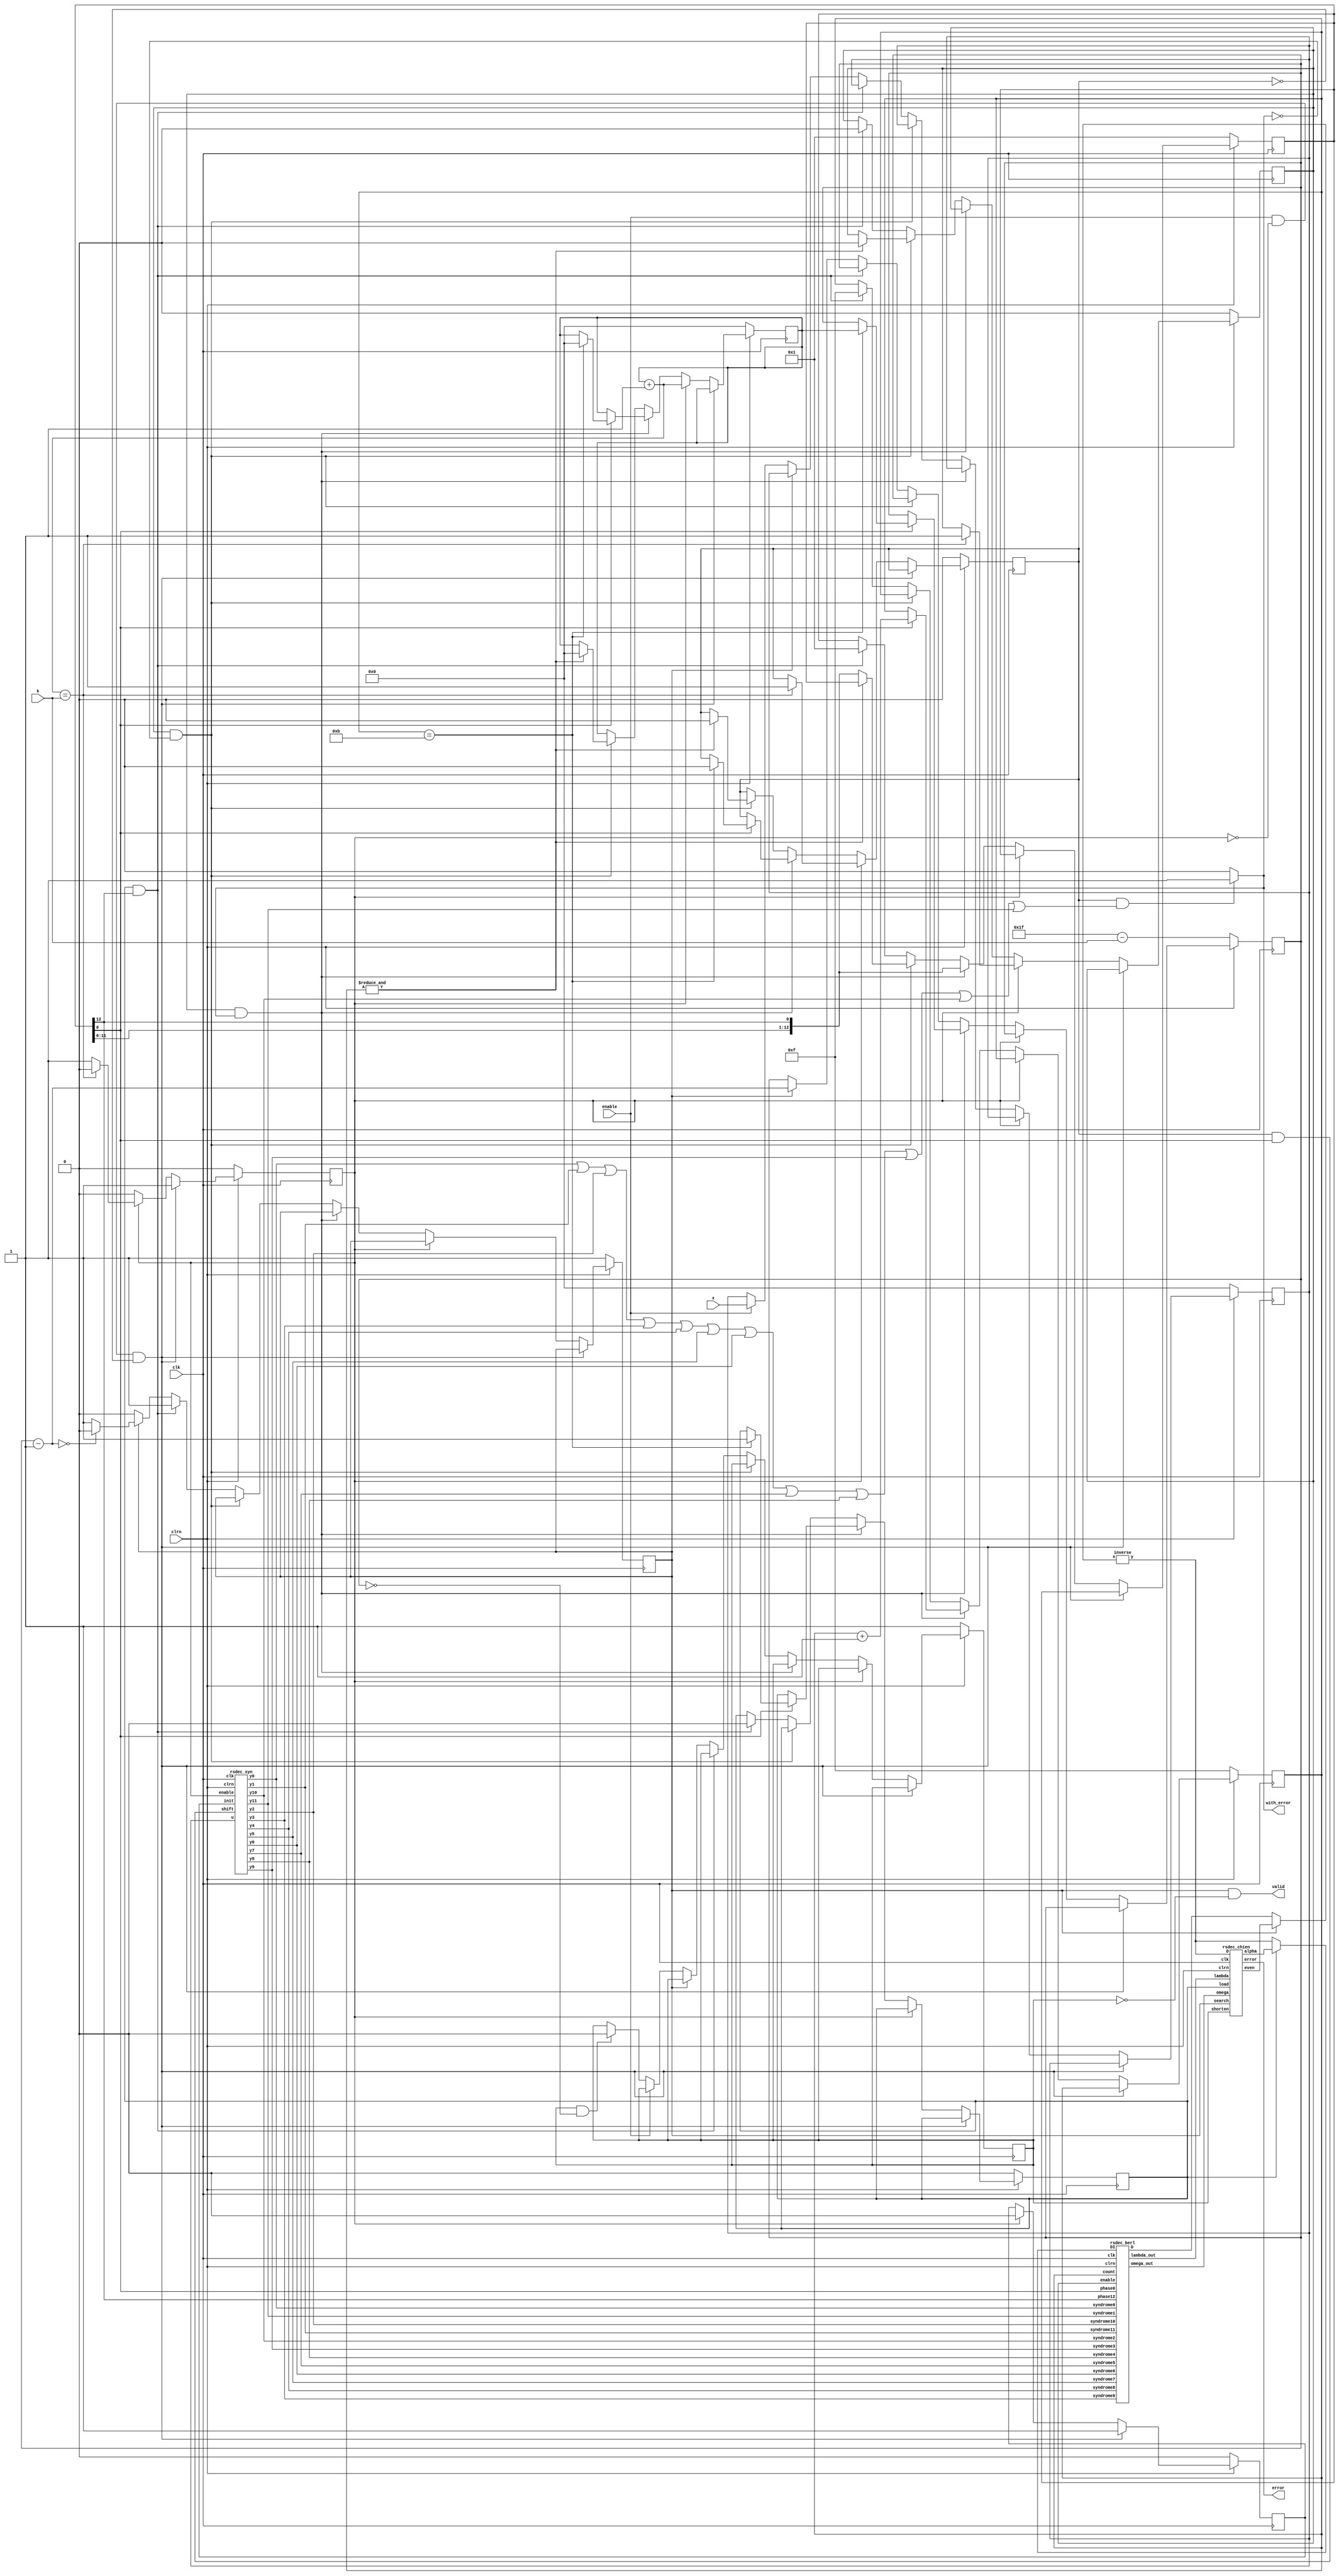
// -------------------------------------------------------------------------
//Reed-Solomon decoder
//Copyright (C) Wed May 22 09:59:27 2002
//by Ming-Han Lei(hendrik@humanistic.org)
//
//This program is free software; you can redistribute it and/or
//modify it under the terms of the GNU Lesser General Public License
//as published by the Free Software Foundation; either version 2
//of the License, or (at your option) any later version.
//
//This program is distributed in the hope that it will be useful,
//but WITHOUT ANY WARRANTY; without even the implied warranty of
//MERCHANTABILITY or FITNESS FOR A PARTICULAR PURPOSE.  See the
//GNU Lesser General Public License for more details.
//
//You should have received a copy of the GNU Lesser General Public License
//along with this program; if not, write to the Free Software
//Foundation, Inc., 59 Temple Place - Suite 330, Boston, MA  02111-1307, USA.
// --------------------------------------------------------------------------

module rs_decoder_1(x, error, with_error, enable, valid, k, clk, clrn);
	input enable, clk, clrn;
	input [4:0] k, x;
	output [4:0] error;
	wire [4:0] error;
	output with_error, valid;
	reg valid;
	wire with_error;

	wire [4:0] s0, s1, s2, s3, s4, s5, s6, s7, s8, s9, s10, s11;
	wire [4:0] lambda, omega, alpha;
	reg [3:0] count;
	reg [12:0] phase;
	wire [4:0] D0, D1, DI;
	//reg [4:0] D, D2;
	wire [4:0] D, D2;
	reg [4:0] u, length0, length2;
	wire [4:0] length1, length3;
	reg syn_enable, syn_init, syn_shift, berl_enable;
	reg chien_search, chien_load, shorten;

	always @ (chien_search or shorten)
		valid = chien_search & ~shorten;

	wire bit1;
	assign bit1 = syn_shift&phase[0];
	rsdec_syn x0 (s0, s1, s2, s3, s4, s5, s6, s7, s8, s9, s10, s11, u, syn_enable, bit1, syn_init, clk, clrn);
	rsdec_berl x1 (lambda, omega, s0, s11, s10, s9, s8, s7, s6, s5, s4, s3, s2, s1, D0, D2, count, phase[0], phase[12], berl_enable, clk, clrn);
	rsdec_chien x2 (error, alpha, lambda, omega, D1, DI, chien_search, chien_load, shorten, clk, clrn);
	inverse x3 (DI, D);

	always @ (posedge clk)// or negedge clrn)
	begin
		if (~clrn)
		begin
			syn_enable <= 0;
			syn_shift <= 0;
			berl_enable <= 0;
			chien_search <= 1;
			chien_load <= 0;
			length0 <= 0;
			length2 <= 31 - k;
			count <= -1;
			phase <= 1;
			u <= 0;
			shorten <= 1;
			syn_init <= 0;
		end
		else
		begin
			if (enable & ~syn_enable & ~syn_shift)
			begin
				syn_enable <= 1;
				syn_init <= 1;
			end
			else if (syn_enable)
			begin
				length0 <= length1;
				syn_init <= 0;
				if (length1 == k)
				begin
					syn_enable <= 0;
					syn_shift <= 1;
					berl_enable <= 1;
				end
			end
			else if (berl_enable & with_error)
			begin
				if (phase[0])
				begin
					count <= count + 1;
					if (count == 11)
					begin
						syn_shift <= 0;
						length0 <= 0;
						chien_load <= 1;
						length2 <= length0;
					end
				end
				phase <= {phase[11:0], phase[12]};
			end
			else if (berl_enable & ~with_error)
				if (&count)
				begin
					syn_shift <= 0;
					length0 <= 0;
					berl_enable <= 0;
				end
				else
					phase <= {phase[11:0], phase[12]};
			else if (chien_load & phase[12])
			begin
				berl_enable <= 0;
				chien_load <= 0;
				chien_search <= 1;
				count <= -1;
				phase <= 1;
			end
			else if (chien_search)
			begin
				length2 <= length3;
				if (length3 == 0)
					chien_search <= 0;
			end
			else if (enable) u <= x;
			else if (shorten == 1 && length2 == 0)
				shorten <= 0;
		end
	end

//	always @ (chien_search or D0 or D1)
//		if (chien_search) D = D1;
//		else D = D0;
	assign D = chien_search ? D1 : D0;

//	always @ (DI or alpha or chien_load)
//		if (chien_load) D2 = alpha;
//		else D2 = DI;
	assign D2 = chien_load ? alpha : DI;

	assign length1 = length0 + 1;
	assign length3 = length2 - 1;
//	always @ (syn_shift or s0 or s1 or s2 or s3 or s4 or s5 or s6 or s7 or s8 or s9 or s10 or s11)
//		if (syn_shift && (s0 | s1 | s2 | s3 | s4 | s5 | s6 | s7 | s8 | s9 | s10 | s11)!= 0)
//			with_error = 1;
//		else with_error = 0;
wire temp;
	assign temp = syn_shift && (s0 | s1 | s2 | s3 | s4 | s5 | s6 | s7 | s8 | s9 | s10 | s11);
	assign with_error = temp != 0 ? 1'b1 : 1'b0;

endmodule

// -------------------------------------------------------------------------
//The inverse lookup table for Galois field
//Copyright (C) Tue Apr  2 17:21:59 2002
//by Ming-Han Lei(hendrik@humanistic.org)
//
//This program is free software; you can redistribute it and/or
//modify it under the terms of the GNU Lesser General Public License
//as published by the Free Software Foundation; either version 2
//of the License, or (at your option) any later version.
//
//This program is distributed in the hope that it will be useful,
//but WITHOUT ANY WARRANTY; without even the implied warranty of
//MERCHANTABILITY or FITNESS FOR A PARTICULAR PURPOSE.  See the
//GNU Lesser General Public License for more details.
//
//You should have received a copy of the GNU Lesser General Public License
//along with this program; if not, write to the Free Software
//Foundation, Inc., 59 Temple Place - Suite 330, Boston, MA  02111-1307, USA.
// --------------------------------------------------------------------------

module inverse(y, x);
	input [4:0] x;
	output [4:0] y;
	reg [4:0] y;

	always @ (x)
	case (x) // synopsys full_case parallel_case
		1: y = 1; // 0 -> 31
		2: y = 18; // 1 -> 30
		4: y = 9; // 2 -> 29
		8: y = 22; // 3 -> 28
		16: y = 11; // 4 -> 27
		5: y = 23; // 5 -> 26
		10: y = 25; // 6 -> 25
		20: y = 30; // 7 -> 24
		13: y = 15; // 8 -> 23
		26: y = 21; // 9 -> 22
		17: y = 24; // 10 -> 21
		7: y = 12; // 11 -> 20
		14: y = 6; // 12 -> 19
		28: y = 3; // 13 -> 18
		29: y = 19; // 14 -> 17
		31: y = 27; // 15 -> 16
		27: y = 31; // 16 -> 15
		19: y = 29; // 17 -> 14
		3: y = 28; // 18 -> 13
		6: y = 14; // 19 -> 12
		12: y = 7; // 20 -> 11
		24: y = 17; // 21 -> 10
		21: y = 26; // 22 -> 9
		15: y = 13; // 23 -> 8
		30: y = 20; // 24 -> 7
		25: y = 10; // 25 -> 6
		23: y = 5; // 26 -> 5
		11: y = 16; // 27 -> 4
		22: y = 8; // 28 -> 3
		9: y = 4; // 29 -> 2
		18: y = 2; // 30 -> 1
	endcase
endmodule

// -------------------------------------------------------------------------
//Berlekamp circuit for Reed-Solomon decoder
//Copyright (C) Tue Apr  2 17:21:42 2002
//by Ming-Han Lei(hendrik@humanistic.org)
//
//This program is free software; you can redistribute it and/or
//modify it under the terms of the GNU Lesser General Public License
//as published by the Free Software Foundation; either version 2
//of the License, or (at your option) any later version.
//
//This program is distributed in the hope that it will be useful,
//but WITHOUT ANY WARRANTY; without even the implied warranty of
//MERCHANTABILITY or FITNESS FOR A PARTICULAR PURPOSE.  See the
//GNU Lesser General Public License for more details.
//
//You should have received a copy of the GNU Lesser General Public License
//along with this program; if not, write to the Free Software
//Foundation, Inc., 59 Temple Place - Suite 330, Boston, MA  02111-1307, USA.
// --------------------------------------------------------------------------

module rsdec_berl (lambda_out, omega_out, syndrome0, syndrome1, syndrome2, syndrome3, syndrome4, syndrome5, syndrome6, syndrome7, syndrome8, syndrome9, syndrome10, syndrome11, 
		D, DI, count, phase0, phase12, enable, clk, clrn);
	input clk, clrn, enable, phase0, phase12;
	input [4:0] syndrome0;
	input [4:0] syndrome1;
	input [4:0] syndrome2;
	input [4:0] syndrome3;
	input [4:0] syndrome4;
	input [4:0] syndrome5;
	input [4:0] syndrome6;
	input [4:0] syndrome7;
	input [4:0] syndrome8;
	input [4:0] syndrome9;
	input [4:0] syndrome10;
	input [4:0] syndrome11;
	input [4:0] DI;
	input [3:0] count;
	output [4:0] lambda_out;
	output [4:0] omega_out;
	reg [4:0] lambda_out;
	reg [4:0] omega_out;
	output [4:0] D;
	reg [4:0] D;

	reg init, delta;
	reg [2:0] L;
	reg [4:0] lambda0;
	reg [4:0] lambda1;
	reg [4:0] lambda2;
	reg [4:0] lambda3;
	reg [4:0] lambda4;
	reg [4:0] lambda5;
	reg [4:0] lambda6;
	reg [4:0] lambda7;
	reg [4:0] lambda8;
	reg [4:0] lambda9;
	reg [4:0] lambda10;
	reg [4:0] lambda11;
	reg [4:0] B0;
	reg [4:0] B1;
	reg [4:0] B2;
	reg [4:0] B3;
	reg [4:0] B4;
	reg [4:0] B5;
	reg [4:0] B6;
	reg [4:0] B7;
	reg [4:0] B8;
	reg [4:0] B9;
	reg [4:0] B10;
	reg [4:0] omega0;
	reg [4:0] omega1;
	reg [4:0] omega2;
	reg [4:0] omega3;
	reg [4:0] omega4;
	reg [4:0] omega5;
	reg [4:0] omega6;
	reg [4:0] omega7;
	reg [4:0] omega8;
	reg [4:0] omega9;
	reg [4:0] omega10;
	reg [4:0] omega11;
	reg [4:0] A0;
	reg [4:0] A1;
	reg [4:0] A2;
	reg [4:0] A3;
	reg [4:0] A4;
	reg [4:0] A5;
	reg [4:0] A6;
	reg [4:0] A7;
	reg [4:0] A8;
	reg [4:0] A9;
	reg [4:0] A10;

	wire [4:0] tmp0;
	wire [4:0] tmp1;
	wire [4:0] tmp2;
	wire [4:0] tmp3;
	wire [4:0] tmp4;
	wire [4:0] tmp5;
	wire [4:0] tmp6;
	wire [4:0] tmp7;
	wire [4:0] tmp8;
	wire [4:0] tmp9;
	wire [4:0] tmp10;
	wire [4:0] tmp11;

	always @ (tmp1) lambda_out = tmp1;
	always @ (tmp3) omega_out = tmp3;

	always @ (L or D or count)
		// delta = (D != 0 && 2*L <= i);
		if (D != 0 && count >= {L, 1'b0}) delta = 1;
		else delta = 0;

	rsdec_berl_multiply x0 (tmp0, B10, D, lambda0, syndrome0, phase0);
	rsdec_berl_multiply x1 (tmp1, lambda11, DI, lambda1, syndrome1, phase0);
	rsdec_berl_multiply x2 (tmp2, A10, D, lambda2, syndrome2, phase0);
	rsdec_berl_multiply x3 (tmp3, omega11, DI, lambda3, syndrome3, phase0);
	multiply x4 (tmp4, lambda4, syndrome4);
	multiply x5 (tmp5, lambda5, syndrome5);
	multiply x6 (tmp6, lambda6, syndrome6);
	multiply x7 (tmp7, lambda7, syndrome7);
	multiply x8 (tmp8, lambda8, syndrome8);
	multiply x9 (tmp9, lambda9, syndrome9);
	multiply x10 (tmp10, lambda10, syndrome10);
	multiply x11 (tmp11, lambda11, syndrome11);

	always @ (posedge clk)// or negedge clrn)
	begin
		// for (j = t-1; j >=0; j--)
		//	if (j != 0) lambda[j] += D * B[j-1];
/*		if (~clrn)
		begin
			lambda0 <= 0;
			lambda1 <= 0;
			lambda2 <= 0;
			lambda3 <= 0;
			lambda4 <= 0;
			lambda5 <= 0;
			lambda6 <= 0;
			lambda7 <= 0;
			lambda8 <= 0;
			lambda9 <= 0;
			lambda10 <= 0;
			lambda11 <= 0;
			B0 <= 0;
			B1 <= 0;
			B2 <= 0;
			B3 <= 0;
			B4 <= 0;
			B5 <= 0;
			B6 <= 0;
			B7 <= 0;
			B8 <= 0;
			B9 <= 0;
			B10 <= 0;
			omega0 <= 0;
			omega1 <= 0;
			omega2 <= 0;
			omega3 <= 0;
			omega4 <= 0;
			omega5 <= 0;
			omega6 <= 0;
			omega7 <= 0;
			omega8 <= 0;
			omega9 <= 0;
			omega10 <= 0;
			omega11 <= 0;
			A0 <= 0;
			A1 <= 0;
			A2 <= 0;
			A3 <= 0;
			A4 <= 0;
			A5 <= 0;
			A6 <= 0;
			A7 <= 0;
			A8 <= 0;
			A9 <= 0;
			A10 <= 0;
//			for (j = 0; j < 12; j = j + 1) lambda[j] <= 0;
//			for (j = 0; j < 11; j = j + 1) B[j] <= 0;
//			for (j = 0; j < 12; j = j + 1) omega[j] <= 0;
//			for (j = 0; j < 11; j = j + 1) A[j] <= 0;
		end
		else*/ if (~enable)
		begin
			lambda0 <= 1;
			lambda1 <= 0;
			lambda2 <= 0;
			lambda3 <= 0;
			lambda4 <= 0;
			lambda5 <= 0;
			lambda6 <= 0;
			lambda7 <= 0;
			lambda8 <= 0;
			lambda9 <= 0;
			lambda10 <= 0;
			lambda11 <= 0;
			//for (j = 1; j < 12; j = j +1) lambda[j] <= 0;
			B0 <= 1;
			B1 <= 0;
			B2 <= 0;
			B3 <= 0;
			B4 <= 0;
			B5 <= 0;
			B6 <= 0;
			B7 <= 0;
			B8 <= 0;
			B9 <= 0;
			B10 <= 0;
			//for (j = 1; j < 11; j = j +1) B[j] <= 0;
			omega0 <= 1;
			omega1 <= 0;
			omega2 <= 0;
			omega3 <= 0;
			omega4 <= 0;
			omega5 <= 0;
			omega6 <= 0;
			omega7 <= 0;
			omega8 <= 0;
			omega9 <= 0;
			omega10 <= 0;
			omega11 <= 0;
			//for (j = 1; j < 12; j = j +1) omega[j] <= 0;
			A0 <= 0;
			A1 <= 0;
			A2 <= 0;
			A3 <= 0;
			A4 <= 0;
			A5 <= 0;
			A6 <= 0;
			A7 <= 0;
			A8 <= 0;
			A9 <= 0;
			A10 <= 0;
			//for (j = 0; j < 11; j = j + 1) A[j] <= 0;
		end
		else
		begin
			if (~phase0)
			begin
				if (~phase12) lambda0 <= lambda11 ^ tmp0;
				else lambda0 <= lambda11;
				//for (j = 1; j < 12; j = j + 1)
					//lambda[j] <= lambda[j-1];
				lambda1 <= lambda0;
				lambda2 <= lambda1;
				lambda3 <= lambda2;
				lambda4 <= lambda3;
				lambda5 <= lambda4;
				lambda6 <= lambda5;
				lambda7 <= lambda6;
				lambda8 <= lambda7;
				lambda9 <= lambda8;
				lambda10 <= lambda9;
				lambda11 <= lambda10;
//			end

		// for (j = t-1; j >=0; j--)
		//	if (delta) B[j] = lambda[j] *DI;
		//	else if (j != 0) B[j] = B[j-1];
		//	else B[j] = 0;
//			if (~phase0)
//			begin
				if (delta)	B0 <= tmp1;
				else if (~phase12) B0 <= B10;
				else B0 <= 0;
				//for (j = 1; j < 11; j = j + 1)
				//	B[j] <= B[j-1];
				B1 <= B0;
				B2 <= B1;
				B3 <= B2;
				B4 <= B3;
				B5 <= B4;
				B6 <= B5;
				B7 <= B6;
				B8 <= B7;
				B9 <= B8;
				B10 <= B9;
//			end

		// for (j = t-1; j >=0; j--)
		//	if (j != 0) omega[j] += D * A[j-1];
//			if (~phase0)
//			begin
				if (~phase12) omega0 <= omega11 ^ tmp2;
				else omega0 <= omega11;
				//for (j = 1; j < 12; j = j + 1)
				//	omega[j] <= omega[j-1];
				omega1 <= omega0;
				omega2 <= omega1;
				omega3 <= omega2;
				omega4 <= omega3;
				omega5 <= omega4;
				omega6 <= omega5;
				omega7 <= omega6;
				omega8 <= omega7;
				omega9 <= omega8;
				omega10 <= omega9;
				omega11 <= omega10;
//			end

		// for (j = t-1; j >=0; j--)
		//	if (delta) A[j] = omega[j] *DI;
		//	else if (j != 0) A[j] = A[j-1];
		//	else A[j] = 0;
//			if (~phase0)
//			begin
				if (delta)	A0 <= tmp3;
				else if (~phase12) A0 <= A10;
				//for (j = 1; j < 11; j = j + 1)
				//	A[j] <= A[j-1];
				A1 <= A0;
				A2 <= A1;
				A3 <= A2;
				A4 <= A3;
				A5 <= A4;
				A6 <= A5;
				A7 <= A6;
				A8 <= A7;
				A9 <= A8;
				A10 <= A9;
//			end
			end
		end
	end

	always @ (posedge clk)// or negedge clrn)
	begin
		if (~clrn)
		begin
			L <= 0;
			D <= 0;
		end
		else
		begin
		// if (delta) L = i - L + 1;
			if ((phase0 & delta) && (count != -1)) L <= count - L + 1;
		//for (D = j = 0; j < t; j = j + 1)
		//	D += lambda[j] * syndrome[t-j-1];
			if (phase0)
				D <= tmp0 ^ tmp1 ^ tmp2 ^ tmp3 ^ tmp4 ^ tmp5 ^ tmp6 ^ tmp7 ^ tmp8 ^ tmp9 ^ tmp10 ^ tmp11;
		end
	end
	
endmodule


module rsdec_berl_multiply (y, a, b, c, d, e);
	input [4:0] a, b, c, d;
	input e;
	output [4:0] y;
	wire [4:0] y;
	reg [4:0] p, q;

	always @ (a or c or e)
		if (e) p = c;
		else p = a;
	always @ (b or d or e)
		if (e) q = d;
		else q = b;

	multiply x0 (y, p, q);

endmodule

module multiply (y, a, b);
	input [4:0] a, b;
	output [4:0] y;
	reg [9:0] tempy;
	wire [4:0] y;

	assign y = tempy[4:0];

	always @(a or b)
	begin
		tempy = a * b;
	end
/*
	always @ (a or b)
	begin
		y[0] = (a[0] & b[0]) ^ (a[1] & b[4]) ^ (a[2] & b[3]) ^ (a[3] & b[2]) ^ (a[4] & b[1]) ^ (a[4] & b[4]);
		y[1] = (a[0] & b[1]) ^ (a[1] & b[0]) ^ (a[2] & b[4]) ^ (a[3] & b[3]) ^ (a[4] & b[2]);
		y[2] = (a[0] & b[2]) ^ (a[1] & b[1]) ^ (a[1] & b[4]) ^ (a[2] & b[0]) ^ (a[2] & b[3]) ^ (a[3] & b[2]) ^ (a[3] & b[4]) ^ (a[4] & b[1]) ^ (a[4] & b[3]) ^ (a[4] & b[4]);
		y[3] = (a[0] & b[3]) ^ (a[1] & b[2]) ^ (a[2] & b[1]) ^ (a[2] & b[4]) ^ (a[3] & b[0]) ^ (a[3] & b[3]) ^ (a[4] & b[2]) ^ (a[4] & b[4]);
		y[4] = (a[0] & b[4]) ^ (a[1] & b[3]) ^ (a[2] & b[2]) ^ (a[3] & b[1]) ^ (a[3] & b[4]) ^ (a[4] & b[0]) ^ (a[4] & b[3]);
	endi 
*/
endmodule

// -------------------------------------------------------------------------
//Chien-Forney search circuit for Reed-Solomon decoder
//Copyright (C) Tue Apr  2 17:21:51 2002
//by Ming-Han Lei(hendrik@humanistic.org)
//
//This program is free software; you can redistribute it and/or
//modify it under the terms of the GNU Lesser General Public License
//as published by the Free Software Foundation; either version 2
//of the License, or (at your option) any later version.
//
//This program is distributed in the hope that it will be useful,
//but WITHOUT ANY WARRANTY; without even the implied warranty of
//MERCHANTABILITY or FITNESS FOR A PARTICULAR PURPOSE.  See the
//GNU Lesser General Public License for more details.
//
//You should have received a copy of the GNU Lesser General Public License
//along with this program; if not, write to the Free Software
//Foundation, Inc., 59 Temple Place - Suite 330, Boston, MA  02111-1307, USA.
// --------------------------------------------------------------------------

module rsdec_chien_scale0 (y, x);
	input [4:0] x;
	output [4:0] y;
	reg [4:0] y;

	always @ (x)
	begin
		y[0] = x[0];
		y[1] = x[1];
		y[2] = x[2];
		y[3] = x[3];
		y[4] = x[4];
	end
endmodule

module rsdec_chien_scale1 (y, x);
	input [4:0] x;
	output [4:0] y;
	reg [4:0] y;

	always @ (x)
	begin
		y[0] = x[4];
		y[1] = x[0];
		y[2] = x[1] ^ x[4];
		y[3] = x[2];
		y[4] = x[3];
	end
endmodule

module rsdec_chien_scale2 (y, x);
	input [4:0] x;
	output [4:0] y;
	reg [4:0] y;

	always @ (x)
	begin
		y[0] = x[3];
		y[1] = x[4];
		y[2] = x[0] ^ x[3];
		y[3] = x[1] ^ x[4];
		y[4] = x[2];
	end
endmodule

module rsdec_chien_scale3 (y, x);
	input [4:0] x;
	output [4:0] y;
	reg [4:0] y;

	always @ (x)
	begin
		y[0] = x[2];
		y[1] = x[3];
		y[2] = x[2] ^ x[4];
		y[3] = x[0] ^ x[3];
		y[4] = x[1] ^ x[4];
	end
endmodule

module rsdec_chien_scale4 (y, x);
	input [4:0] x;
	output [4:0] y;
	reg [4:0] y;

	always @ (x)
	begin
		y[0] = x[1] ^ x[4];
		y[1] = x[2];
		y[2] = x[1] ^ x[3] ^ x[4];
		y[3] = x[2] ^ x[4];
		y[4] = x[0] ^ x[3];
	end
endmodule

module rsdec_chien_scale5 (y, x);
	input [4:0] x;
	output [4:0] y;
	reg [4:0] y;

	always @ (x)
	begin
		y[0] = x[0] ^ x[3];
		y[1] = x[1] ^ x[4];
		y[2] = x[0] ^ x[2] ^ x[3];
		y[3] = x[1] ^ x[3] ^ x[4];
		y[4] = x[2] ^ x[4];
	end
endmodule

module rsdec_chien_scale6 (y, x);
	input [4:0] x;
	output [4:0] y;
	reg [4:0] y;

	always @ (x)
	begin
		y[0] = x[2] ^ x[4];
		y[1] = x[0] ^ x[3];
		y[2] = x[1] ^ x[2];
		y[3] = x[0] ^ x[2] ^ x[3];
		y[4] = x[1] ^ x[3] ^ x[4];
	end
endmodule

module rsdec_chien_scale7 (y, x);
	input [4:0] x;
	output [4:0] y;
	reg [4:0] y;

	always @ (x)
	begin
		y[0] = x[1] ^ x[3] ^ x[4];
		y[1] = x[2] ^ x[4];
		y[2] = x[0] ^ x[1] ^ x[4];
		y[3] = x[1] ^ x[2];
		y[4] = x[0] ^ x[2] ^ x[3];
	end
endmodule

module rsdec_chien_scale8 (y, x);
	input [4:0] x;
	output [4:0] y;
	reg [4:0] y;

	always @ (x)
	begin
		y[0] = x[0] ^ x[2] ^ x[3];
		y[1] = x[1] ^ x[3] ^ x[4];
		y[2] = x[0] ^ x[3] ^ x[4];
		y[3] = x[0] ^ x[1] ^ x[4];
		y[4] = x[1] ^ x[2];
	end
endmodule

module rsdec_chien_scale9 (y, x);
	input [4:0] x;
	output [4:0] y;
	reg [4:0] y;

	always @ (x)
	begin
		y[0] = x[1] ^ x[2];
		y[1] = x[0] ^ x[2] ^ x[3];
		y[2] = x[2] ^ x[3] ^ x[4];
		y[3] = x[0] ^ x[3] ^ x[4];
		y[4] = x[0] ^ x[1] ^ x[4];
	end
endmodule

module rsdec_chien_scale10 (y, x);
	input [4:0] x;
	output [4:0] y;
	reg [4:0] y;

	always @ (x)
	begin
		y[0] = x[0] ^ x[1] ^ x[4];
		y[1] = x[1] ^ x[2];
		y[2] = x[1] ^ x[2] ^ x[3] ^ x[4];
		y[3] = x[2] ^ x[3] ^ x[4];
		y[4] = x[0] ^ x[3] ^ x[4];
	end
endmodule

module rsdec_chien_scale11 (y, x);
	input [4:0] x;
	output [4:0] y;
	reg [4:0] y;

	always @ (x)
	begin
		y[0] = x[0] ^ x[3] ^ x[4];
		y[1] = x[0] ^ x[1] ^ x[4];
		y[2] = x[0] ^ x[1] ^ x[2] ^ x[3] ^ x[4];
		y[3] = x[1] ^ x[2] ^ x[3] ^ x[4];
		y[4] = x[2] ^ x[3] ^ x[4];
	end
endmodule

module rsdec_chien (error, alpha, lambda, omega, even, D, search, load, shorten, clk, clrn);
	input clk, clrn, load, search, shorten;
	input [4:0] D;
	input [4:0] lambda;
	input [4:0] omega;
	output [4:0] even, error;
	output [4:0] alpha;
	reg [4:0] even, error;
	reg [4:0] alpha;

	wire [4:0] scale0;
	wire [4:0] scale1;
	wire [4:0] scale2;
	wire [4:0] scale3;
	wire [4:0] scale4;
	wire [4:0] scale5;
	wire [4:0] scale6;
	wire [4:0] scale7;
	wire [4:0] scale8;
	wire [4:0] scale9;
	wire [4:0] scale10;
	wire [4:0] scale11;
	wire [4:0] scale12;
	wire [4:0] scale13;
	wire [4:0] scale14;
	wire [4:0] scale15;
	wire [4:0] scale16;
	wire [4:0] scale17;
	wire [4:0] scale18;
	wire [4:0] scale19;
	wire [4:0] scale20;
	wire [4:0] scale21;
	wire [4:0] scale22;
	wire [4:0] scale23;
	reg [4:0] data0;
	reg [4:0] data1;
	reg [4:0] data2;
	reg [4:0] data3;
	reg [4:0] data4;
	reg [4:0] data5;
	reg [4:0] data6;
	reg [4:0] data7;
	reg [4:0] data8;
	reg [4:0] data9;
	reg [4:0] data10;
	reg [4:0] data11;
	reg [4:0] a0;
	reg [4:0] a1;
	reg [4:0] a2;
	reg [4:0] a3;
	reg [4:0] a4;
	reg [4:0] a5;
	reg [4:0] a6;
	reg [4:0] a7;
	reg [4:0] a8;
	reg [4:0] a9;
	reg [4:0] a10;
	reg [4:0] a11;
	reg [4:0] l0;
	reg [4:0] l1;
	reg [4:0] l2;
	reg [4:0] l3;
	reg [4:0] l4;
	reg [4:0] l5;
	reg [4:0] l6;
	reg [4:0] l7;
	reg [4:0] l8;
	reg [4:0] l9;
	reg [4:0] l10;
	reg [4:0] l11;
	reg [4:0] o0;
	reg [4:0] o1;
	reg [4:0] o2;
	reg [4:0] o3;
	reg [4:0] o4;
	reg [4:0] o5;
	reg [4:0] o6;
	reg [4:0] o7;
	reg [4:0] o8;
	reg [4:0] o9;
	reg [4:0] o10;
	reg [4:0] o11;
	reg [4:0] odd, numerator;
	wire [4:0] tmp;

	rsdec_chien_scale0 x0 (scale0, data0);
	rsdec_chien_scale1 x1 (scale1, data1);
	rsdec_chien_scale2 x2 (scale2, data2);
	rsdec_chien_scale3 x3 (scale3, data3);
	rsdec_chien_scale4 x4 (scale4, data4);
	rsdec_chien_scale5 x5 (scale5, data5);
	rsdec_chien_scale6 x6 (scale6, data6);
	rsdec_chien_scale7 x7 (scale7, data7);
	rsdec_chien_scale8 x8 (scale8, data8);
	rsdec_chien_scale9 x9 (scale9, data9);
	rsdec_chien_scale10 x10 (scale10, data10);
	rsdec_chien_scale11 x11 (scale11, data11);
	rsdec_chien_scale0 x12 (scale12, o0);
	rsdec_chien_scale1 x13 (scale13, o1);
	rsdec_chien_scale2 x14 (scale14, o2);
	rsdec_chien_scale3 x15 (scale15, o3);
	rsdec_chien_scale4 x16 (scale16, o4);
	rsdec_chien_scale5 x17 (scale17, o5);
	rsdec_chien_scale6 x18 (scale18, o6);
	rsdec_chien_scale7 x19 (scale19, o7);
	rsdec_chien_scale8 x20 (scale20, o8);
	rsdec_chien_scale9 x21 (scale21, o9);
	rsdec_chien_scale10 x22 (scale22, o10);
	rsdec_chien_scale11 x23 (scale23, o11);

	always @ (shorten or a0 or l0)
		if (shorten) data0 = a0;
		else data0 = l0;

	always @ (shorten or a1 or l1)
		if (shorten) data1 = a1;
		else data1 = l1;

	always @ (shorten or a2 or l2)
		if (shorten) data2 = a2;
		else data2 = l2;

	always @ (shorten or a3 or l3)
		if (shorten) data3 = a3;
		else data3 = l3;

	always @ (shorten or a4 or l4)
		if (shorten) data4 = a4;
		else data4 = l4;

	always @ (shorten or a5 or l5)
		if (shorten) data5 = a5;
		else data5 = l5;

	always @ (shorten or a6 or l6)
		if (shorten) data6 = a6;
		else data6 = l6;

	always @ (shorten or a7 or l7)
		if (shorten) data7 = a7;
		else data7 = l7;

	always @ (shorten or a8 or l8)
		if (shorten) data8 = a8;
		else data8 = l8;

	always @ (shorten or a9 or l9)
		if (shorten) data9 = a9;
		else data9 = l9;

	always @ (shorten or a10 or l10)
		if (shorten) data10 = a10;
		else data10 = l10;

	always @ (shorten or a11 or l11)
		if (shorten) data11 = a11;
		else data11 = l11;

	always @ (posedge clk)// or negedge clrn)
	begin
		if (~clrn)
		begin
			l0 <= 0;
			l1 <= 0;
			l2 <= 0;
			l3 <= 0;
			l4 <= 0;
			l5 <= 0;
			l6 <= 0;
			l7 <= 0;
			l8 <= 0;
			l9 <= 0;
			l10 <= 0;
			l11 <= 0;
			o0 <= 0;
			o1 <= 0;
			o2 <= 0;
			o3 <= 0;
			o4 <= 0;
			o5 <= 0;
			o6 <= 0;
			o7 <= 0;
			o8 <= 0;
			o9 <= 0;
			o10 <= 0;
			o11 <= 0;
			a0 <= 1;
			a1 <= 1;
			a2 <= 1;
			a3 <= 1;
			a4 <= 1;
			a5 <= 1;
			a6 <= 1;
			a7 <= 1;
			a8 <= 1;
			a9 <= 1;
			a10 <= 1;
			a11 <= 1;
		end
		else if (shorten)
		begin
			a0 <= scale0;
			a1 <= scale1;
			a2 <= scale2;
			a3 <= scale3;
			a4 <= scale4;
			a5 <= scale5;
			a6 <= scale6;
			a7 <= scale7;
			a8 <= scale8;
			a9 <= scale9;
			a10 <= scale10;
			a11 <= scale11;
		end
		else if (search)
		begin
			l0 <= scale0;
			l1 <= scale1;
			l2 <= scale2;
			l3 <= scale3;
			l4 <= scale4;
			l5 <= scale5;
			l6 <= scale6;
			l7 <= scale7;
			l8 <= scale8;
			l9 <= scale9;
			l10 <= scale10;
			l11 <= scale11;
			o0 <= scale12;
			o1 <= scale13;
			o2 <= scale14;
			o3 <= scale15;
			o4 <= scale16;
			o5 <= scale17;
			o6 <= scale18;
			o7 <= scale19;
			o8 <= scale20;
			o9 <= scale21;
			o10 <= scale22;
			o11 <= scale23;
		end
		else if (load)
		begin
			l0 <= lambda;
			l1 <= l0;
			l2 <= l1;
			l3 <= l2;
			l4 <= l3;
			l5 <= l4;
			l6 <= l5;
			l7 <= l6;
			l8 <= l7;
			l9 <= l8;
			l10 <= l9;
			l11 <= l10;
			o0 <= omega;
			o1 <= o0;
			o2 <= o1;
			o3 <= o2;
			o4 <= o3;
			o5 <= o4;
			o6 <= o5;
			o7 <= o6;
			o8 <= o7;
			o9 <= o8;
			o10 <= o9;
			o11 <= o10;
			a0 <= a11;
			a1 <= a0;
			a2 <= a1;
			a3 <= a2;
			a4 <= a3;
			a5 <= a4;
			a6 <= a5;
			a7 <= a6;
			a8 <= a7;
			a9 <= a8;
			a10 <= a9;
			a11 <= a10;
		end
	end

	always @ (l0 or l2 or l4 or l6 or l8 or l10)
		even = l0 ^ l2 ^ l4 ^ l6 ^ l8 ^ l10;

	always @ (l1 or l3 or l5 or l7 or l9 or l11)
		odd = l1 ^ l3 ^ l5 ^ l7 ^ l9 ^ l11;

	always @ (o0 or o1 or o2 or o3 or o4 or o5 or o6 or o7 or o8 or o9 or o10 or o11)
		numerator = o0 ^ o1 ^ o2 ^ o3 ^ o4 ^ o5 ^ o6 ^ o7 ^ o8 ^ o9 ^ o10 ^ o11;

	multiply m0 (tmp, numerator, D);

	always @ (even or odd or tmp)
		if (even == odd) error = tmp;
		else error = 0;

	always @ (a11) alpha = a11;

endmodule

// -------------------------------------------------------------------------
//Syndrome generator circuit in Reed-Solomon Decoder
//Copyright (C) Tue Apr  2 17:22:07 2002
//by Ming-Han Lei(hendrik@humanistic.org)
//
//This program is free software; you can redistribute it and/or
//modify it under the terms of the GNU Lesser General Public License
//as published by the Free Software Foundation; either version 2
//of the License, or (at your option) any later version.
//
//This program is distributed in the hope that it will be useful,
//but WITHOUT ANY WARRANTY; without even the implied warranty of
//MERCHANTABILITY or FITNESS FOR A PARTICULAR PURPOSE.  See the
//GNU General Public License for more details.
//
//You should have received a copy of the GNU Lesser General Public License
//along with this program; if not, write to the Free Software
//Foundation, Inc., 59 Temple Place - Suite 330, Boston, MA  02111-1307, USA.
// --------------------------------------------------------------------------

module rsdec_syn_m0 (y, x);
	input [4:0] x;
	output [4:0] y;
	reg [4:0] y;
	always @ (x)
	begin
		y[0] = x[4];
		y[1] = x[0];
		y[2] = x[1] ^ x[4];
		y[3] = x[2];
		y[4] = x[3];
	end
endmodule

module rsdec_syn_m1 (y, x);
	input [4:0] x;
	output [4:0] y;
	reg [4:0] y;
	always @ (x)
	begin
		y[0] = x[3];
		y[1] = x[4];
		y[2] = x[0] ^ x[3];
		y[3] = x[1] ^ x[4];
		y[4] = x[2];
	end
endmodule

module rsdec_syn_m2 (y, x);
	input [4:0] x;
	output [4:0] y;
	reg [4:0] y;
	always @ (x)
	begin
		y[0] = x[2];
		y[1] = x[3];
		y[2] = x[2] ^ x[4];
		y[3] = x[0] ^ x[3];
		y[4] = x[1] ^ x[4];
	end
endmodule

module rsdec_syn_m3 (y, x);
	input [4:0] x;
	output [4:0] y;
	reg [4:0] y;
	always @ (x)
	begin
		y[0] = x[1] ^ x[4];
		y[1] = x[2];
		y[2] = x[1] ^ x[3] ^ x[4];
		y[3] = x[2] ^ x[4];
		y[4] = x[0] ^ x[3];
	end
endmodule

module rsdec_syn_m4 (y, x);
	input [4:0] x;
	output [4:0] y;
	reg [4:0] y;
	always @ (x)
	begin
		y[0] = x[0] ^ x[3];
		y[1] = x[1] ^ x[4];
		y[2] = x[0] ^ x[2] ^ x[3];
		y[3] = x[1] ^ x[3] ^ x[4];
		y[4] = x[2] ^ x[4];
	end
endmodule

module rsdec_syn_m5 (y, x);
	input [4:0] x;
	output [4:0] y;
	reg [4:0] y;
	always @ (x)
	begin
		y[0] = x[2] ^ x[4];
		y[1] = x[0] ^ x[3];
		y[2] = x[1] ^ x[2];
		y[3] = x[0] ^ x[2] ^ x[3];
		y[4] = x[1] ^ x[3] ^ x[4];
	end
endmodule

module rsdec_syn_m6 (y, x);
	input [4:0] x;
	output [4:0] y;
	reg [4:0] y;
	always @ (x)
	begin
		y[0] = x[1] ^ x[3] ^ x[4];
		y[1] = x[2] ^ x[4];
		y[2] = x[0] ^ x[1] ^ x[4];
		y[3] = x[1] ^ x[2];
		y[4] = x[0] ^ x[2] ^ x[3];
	end
endmodule

module rsdec_syn_m7 (y, x);
	input [4:0] x;
	output [4:0] y;
	reg [4:0] y;
	always @ (x)
	begin
		y[0] = x[0] ^ x[2] ^ x[3];
		y[1] = x[1] ^ x[3] ^ x[4];
		y[2] = x[0] ^ x[3] ^ x[4];
		y[3] = x[0] ^ x[1] ^ x[4];
		y[4] = x[1] ^ x[2];
	end
endmodule

module rsdec_syn_m8 (y, x);
	input [4:0] x;
	output [4:0] y;
	reg [4:0] y;
	always @ (x)
	begin
		y[0] = x[1] ^ x[2];
		y[1] = x[0] ^ x[2] ^ x[3];
		y[2] = x[2] ^ x[3] ^ x[4];
		y[3] = x[0] ^ x[3] ^ x[4];
		y[4] = x[0] ^ x[1] ^ x[4];
	end
endmodule

module rsdec_syn_m9 (y, x);
	input [4:0] x;
	output [4:0] y;
	reg [4:0] y;
	always @ (x)
	begin
		y[0] = x[0] ^ x[1] ^ x[4];
		y[1] = x[1] ^ x[2];
		y[2] = x[1] ^ x[2] ^ x[3] ^ x[4];
		y[3] = x[2] ^ x[3] ^ x[4];
		y[4] = x[0] ^ x[3] ^ x[4];
	end
endmodule

module rsdec_syn_m10 (y, x);
	input [4:0] x;
	output [4:0] y;
	reg [4:0] y;
	always @ (x)
	begin
		y[0] = x[0] ^ x[3] ^ x[4];
		y[1] = x[0] ^ x[1] ^ x[4];
		y[2] = x[0] ^ x[1] ^ x[2] ^ x[3] ^ x[4];
		y[3] = x[1] ^ x[2] ^ x[3] ^ x[4];
		y[4] = x[2] ^ x[3] ^ x[4];
	end
endmodule

module rsdec_syn_m11 (y, x);
	input [4:0] x;
	output [4:0] y;
	reg [4:0] y;
	always @ (x)
	begin
		y[0] = x[2] ^ x[3] ^ x[4];
		y[1] = x[0] ^ x[3] ^ x[4];
		y[2] = x[0] ^ x[1] ^ x[2] ^ x[3];
		y[3] = x[0] ^ x[1] ^ x[2] ^ x[3] ^ x[4];
		y[4] = x[1] ^ x[2] ^ x[3] ^ x[4];
	end
endmodule

module rsdec_syn (y0, y1, y2, y3, y4, y5, y6, y7, y8, y9, y10, y11, u, enable, shift, init, clk, clrn);
	input [4:0] u;
	input clk, clrn, shift, init, enable;
	output [4:0] y0;
	output [4:0] y1;
	output [4:0] y2;
	output [4:0] y3;
	output [4:0] y4;
	output [4:0] y5;
	output [4:0] y6;
	output [4:0] y7;
	output [4:0] y8;
	output [4:0] y9;
	output [4:0] y10;
	output [4:0] y11;
	reg [4:0] y0;
	reg [4:0] y1;
	reg [4:0] y2;
	reg [4:0] y3;
	reg [4:0] y4;
	reg [4:0] y5;
	reg [4:0] y6;
	reg [4:0] y7;
	reg [4:0] y8;
	reg [4:0] y9;
	reg [4:0] y10;
	reg [4:0] y11;

	wire [4:0] scale0;
	wire [4:0] scale1;
	wire [4:0] scale2;
	wire [4:0] scale3;
	wire [4:0] scale4;
	wire [4:0] scale5;
	wire [4:0] scale6;
	wire [4:0] scale7;
	wire [4:0] scale8;
	wire [4:0] scale9;
	wire [4:0] scale10;
	wire [4:0] scale11;

	rsdec_syn_m0 m0 (scale0, y0);
	rsdec_syn_m1 m1 (scale1, y1);
	rsdec_syn_m2 m2 (scale2, y2);
	rsdec_syn_m3 m3 (scale3, y3);
	rsdec_syn_m4 m4 (scale4, y4);
	rsdec_syn_m5 m5 (scale5, y5);
	rsdec_syn_m6 m6 (scale6, y6);
	rsdec_syn_m7 m7 (scale7, y7);
	rsdec_syn_m8 m8 (scale8, y8);
	rsdec_syn_m9 m9 (scale9, y9);
	rsdec_syn_m10 m10 (scale10, y10);
	rsdec_syn_m11 m11 (scale11, y11);

	always @ (posedge clk)// or negedge clrn)
	begin
		if (~clrn)
		begin
			y0 <= 0;
			y1 <= 0;
			y2 <= 0;
			y3 <= 0;
			y4 <= 0;
			y5 <= 0;
			y6 <= 0;
			y7 <= 0;
			y8 <= 0;
			y9 <= 0;
			y10 <= 0;
			y11 <= 0;
		end
		else if (init)
		begin
			y0 <= u;
			y1 <= u;
			y2 <= u;
			y3 <= u;
			y4 <= u;
			y5 <= u;
			y6 <= u;
			y7 <= u;
			y8 <= u;
			y9 <= u;
			y10 <= u;
			y11 <= u;
		end
		else if (enable)
		begin
			y0 <= scale0 ^ u;
			y1 <= scale1 ^ u;
			y2 <= scale2 ^ u;
			y3 <= scale3 ^ u;
			y4 <= scale4 ^ u;
			y5 <= scale5 ^ u;
			y6 <= scale6 ^ u;
			y7 <= scale7 ^ u;
			y8 <= scale8 ^ u;
			y9 <= scale9 ^ u;
			y10 <= scale10 ^ u;
			y11 <= scale11 ^ u;
		end
		else if (shift)
		begin
			y0 <= y1;
			y1 <= y2;
			y2 <= y3;
			y3 <= y4;
			y4 <= y5;
			y5 <= y6;
			y6 <= y7;
			y7 <= y8;
			y8 <= y9;
			y9 <= y10;
			y10 <= y11;
			y11 <= y0;
		end
	end

endmodule